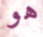
هو